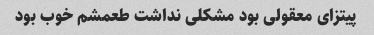
پیتزای معقولی بود مشکلی نداشت طعمشم خوب بود